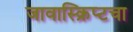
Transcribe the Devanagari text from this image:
जावास्क्रिप्टचा